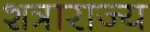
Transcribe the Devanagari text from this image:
शत्राराज्य